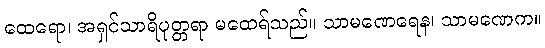
ထေရော၊ အရှင်သာရိပုတ္တရာ မထေရ်သည်။ သာမဏေရေန၊ သာမဏေက။